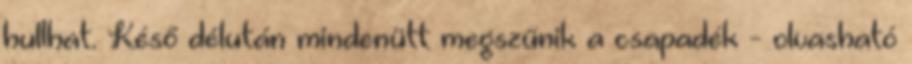
hullhat. Késő délután mindenütt megszűnik a csapadék - olvasható